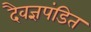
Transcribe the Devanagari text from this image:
दैवज्ञपंडित